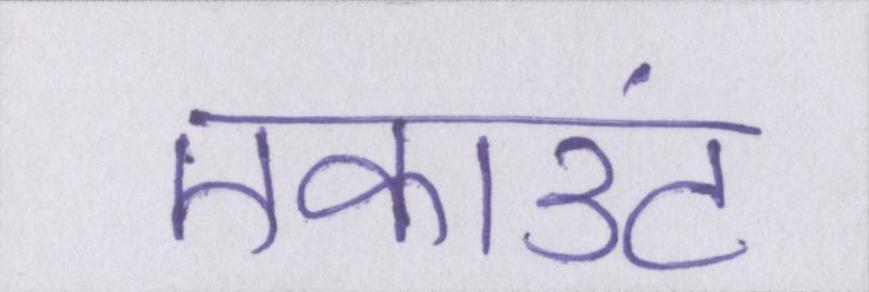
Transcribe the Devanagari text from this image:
एकाउंट